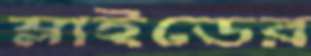
স্লাইডের